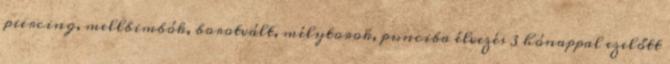
piercing, mellbimbók, borotvált, mélytorok, punciba élvezés 3 hónappal ezelőtt